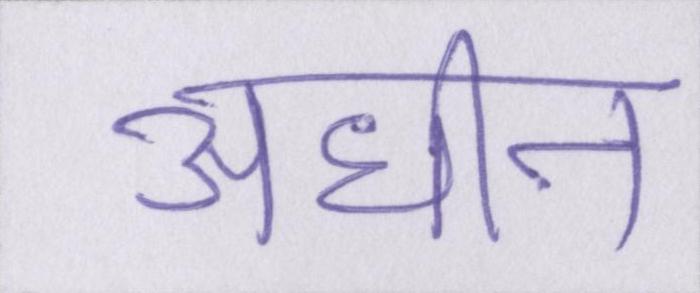
अधीन